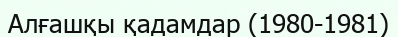
Алғашқы қадамдар (1980-1981)